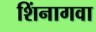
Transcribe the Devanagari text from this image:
शिंनागवा